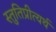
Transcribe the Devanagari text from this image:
स्तुतिप्रीत्यर्थ